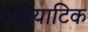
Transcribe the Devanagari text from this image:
ऐड्रियाटिक